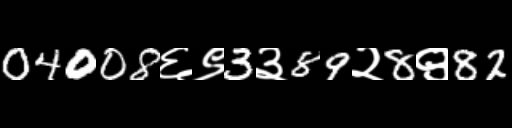
Text: 04008६९3३89२8९82